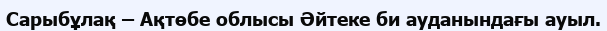
Сарыбұлақ – Ақтөбе облысы Әйтеке би ауданындағы ауыл.